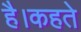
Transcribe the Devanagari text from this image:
है।कहते